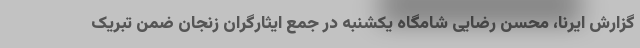
گزارش ایرنا، محسن رضایی شامگاه یکشنبه در جمع ایثارگران زنجان ضمن تبریک